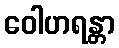
ဝေါဟရန္တာ